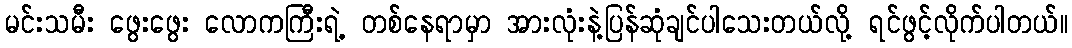
မင်းသမီး ဖွေးဖွေး လောကကြီးရဲ့ တစ်နေရာမှာ အားလုံးနဲ့ပြန်ဆုံချင်ပါသေးတယ်လို့ ရင်ဖွင့်လိုက်ပါတယ်။